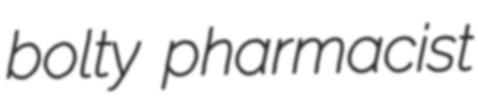
bolty pharmacist